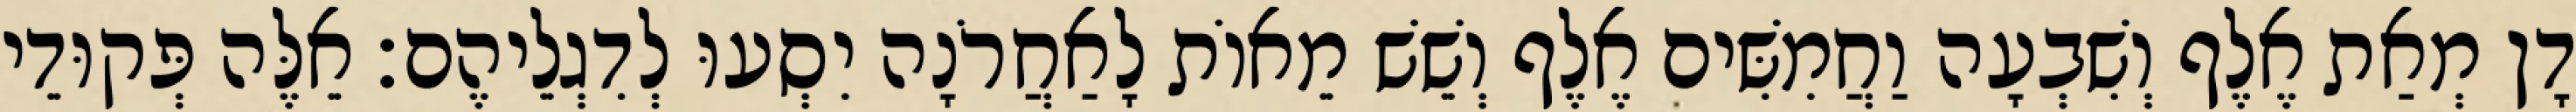
דָן מְאַת אֶלֶף וְשִׁבְעָה וַחֲמִשִּׁים אֶלֶף וְשֵׁשׁ מֵאוֹת לָאַחֲרֹנָה יִסְעוּ לְדִגְלֵיהֶם׃ אֵלֶּה פְּקוּדֵי